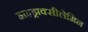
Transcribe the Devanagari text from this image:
हाइड्राक्सीलेमिन